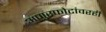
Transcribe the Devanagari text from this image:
अणुस्फोटांवरही